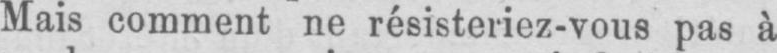
Mais comment ne résisteriez-vous pas à